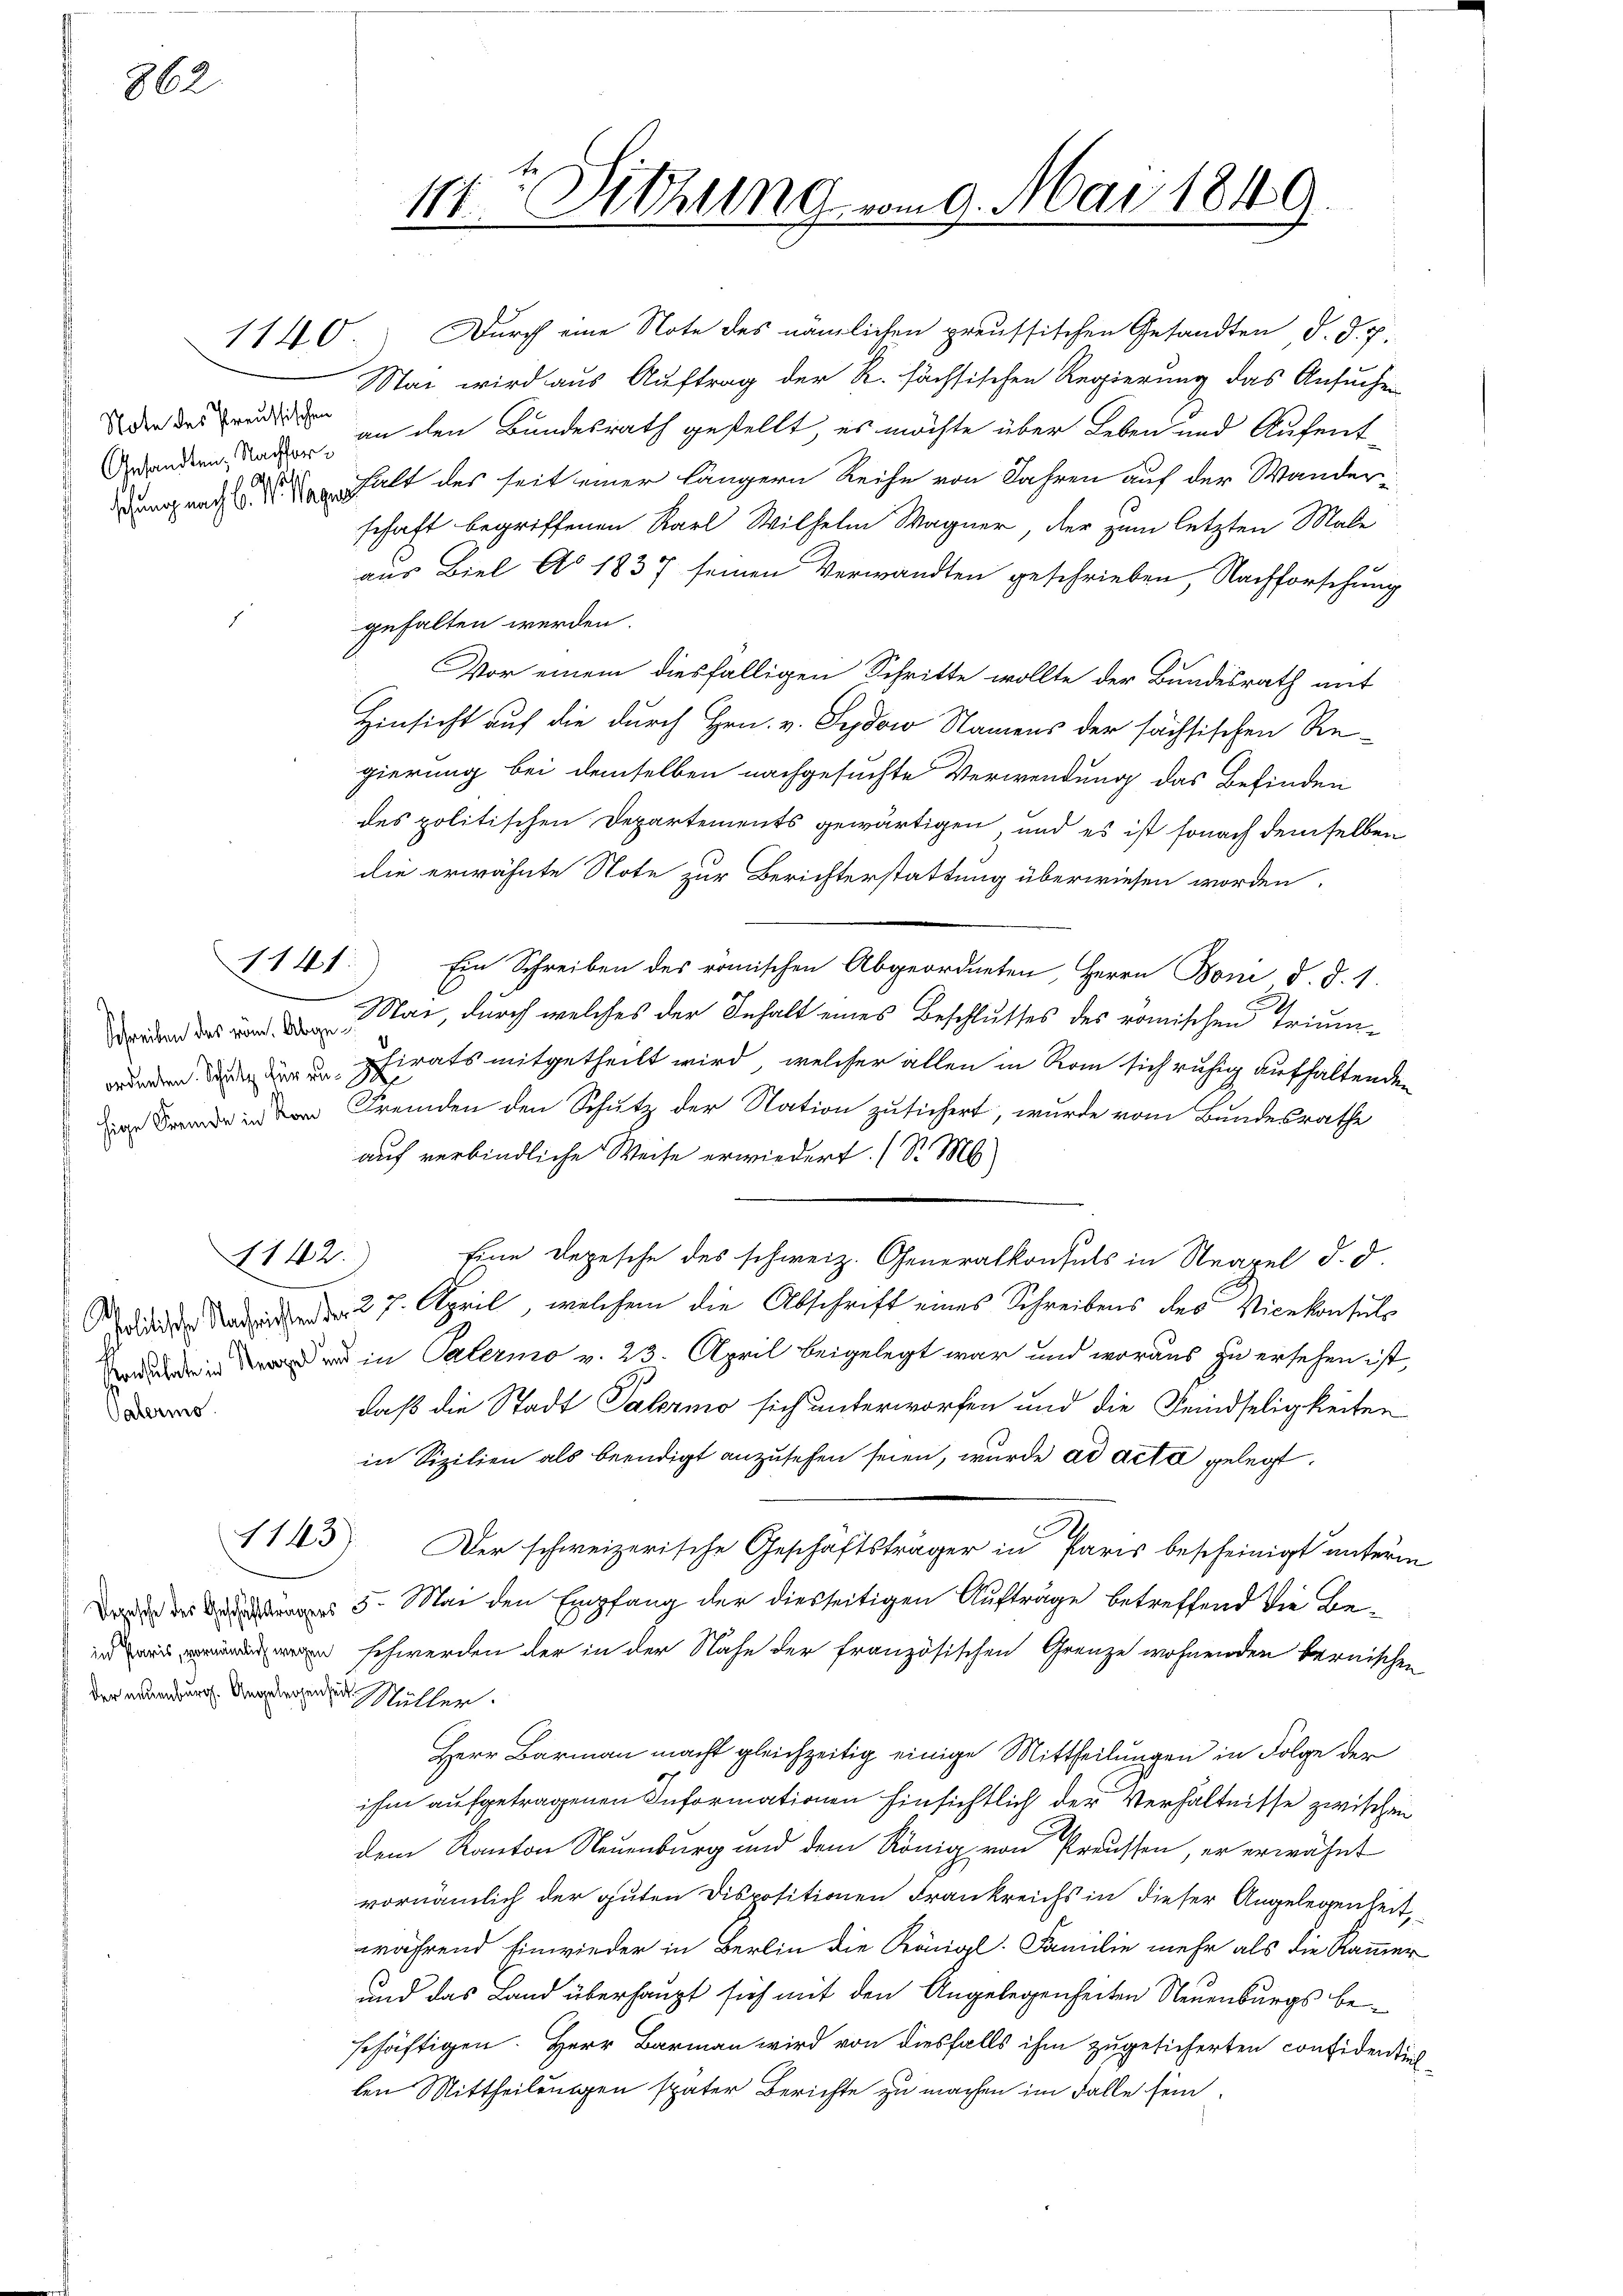
862.

Note des Preussischen
u

1141

142)

Palermo

der neuenburg. Angelegen Müller.

Mai wird aus Auftrag der R. sächsischen Regierung das Ansuchen
Bandern an an den Bundesrath gestellt, es möchte über Leben und Aufent-
Rungang d. halt des seit einer längern Reihe von Jahren auf der Wanderschaft begriffenen Karl Wilhelm Wagner, der zum letzten Male
aus Biel Ao 1837 seinen Verwandten geschrieben, Nachforschung
gehalten werden
Vor einem diesfälligen Schritte wollte der Bundesrath mit
Hinsicht auf die durch Hrn. v. Sydow Namens der sächsischen Re-
gierung bei demselben nachgesuchte Verwendung das Befinden
des politischen Departements gewärtigen, und es ist sonach demselben
die erwähnte Note zur Berichterstattung überwiesen worden.
Ein Schreiben des römischen Abgeordneten, Herrn Boni d. d. 1.
oder das von Mai, durch welches der Inhalt eines Beschlusses des römischen Triumd
wurden den der in Schirats mitgetheilt wird, welcher allen in Rom sich ruhig aufhaltenden
de in der Fremden den Schutz der Nation zusichert, wurde vom Bundesrathe
auf verbindliche Weise erwiedert. (S. M
Eine Depesche des schweiz. Generalkonsuls in Neapel d. d.
id den 27. April, welchem die Abschrift eines Schreibens des Vicekonsuls
 in Palermo v. 23. April beigelegt war und woraus zu ersehen ist,
daß die Stadt Palermo sich unterworfen und die Feindseligkeiten
in Sizilien als beendigt anzusehen seien, wurde ad acta gelegt.
1143) Der schweizerische Geschäftsträger in Paris bescheinigt unterm
D des 5. Mai den Empfang der diesseitigen Aufträge betreffend die Be¬
 schwerden der in der Nähe der französischen Grenze wohnenden Bernischen
Herr Barmann macht gleichzeitig einige Mittheilungen in Folge der
ihm aufgetragenen Informationen hinsichtlich der Verhältnisse zwischen
dem Kanton Neuenburg und dem König von Preussen, er erwähnt
vornämlich der guten Dispositionen Frankreichs in dieser Angelegenheit,
während Einwieder in Berlin die Königl. Familie mehr als die Kammer
und das Land überhaupt sich mit den Angelegenheiten Neuenburgs beschäftigen. Herr Barmann wird von diesfalls ihm zugesicherten confidentiel-
len Mittheilungen später Berichte zu machen im Falle sein.

11te Sitzung vom 9. Mai 1849.

1140) Durch eine Note des nämlichen preussischen Gesandten d. J. P.